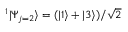
^ 1 | \Psi _ { j = 2 } \rangle = ( | 1 \rangle + | 3 \rangle ) / \sqrt { 2 }